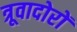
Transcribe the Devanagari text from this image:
त्रूवादोरों